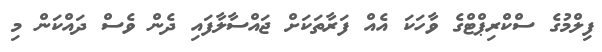
ފިލްމުގެ ސްކްރިޕްޓްގެ ވާހަކަ އެއް ފަރާތަކަށް ޖައްސާލާފައި ދެން ވެސް ދައްކަން މި